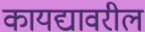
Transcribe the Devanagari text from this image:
कायद्यावरील